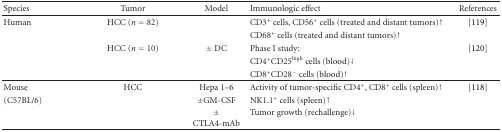
| Species | Tumor | Model | Immunologic effect | References |
 | --- | --- | --- | --- | --- |
 | Human | HCC (n = 82) |  | CD3+ cells, CD56+ cells (treated and distant tumors)↑ | [119] |
 |  |  |  | CD68+ cells (treated and distant tumors)↑ |  |
 |  | HCC (n = 10) | ± DC | Phase I study: | [120] |
 |  |  |  | CD4+CD25high cells (blood)↓ |  |
 |  |  |  | CD8+CD28− cells (blood)↑ |  |
 | Mouse | HCC | Hepa 1–6 | Activity of tumor-specific CD4+, CD8+ cells (spleen)↑ | [118] |
 | (C57BL/6) |  | ±GM-CSF | NK1.1+ cells (spleen)↑ |  |
 |  |  | ± CTLA4-mAb | Tumor growth (rechallenge)↓ |  |